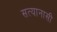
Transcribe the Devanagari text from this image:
सत्यानासी